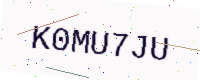
Text: K0MU7JU